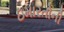
ઇમારતોની